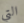
التي